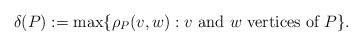
LaTeX: \begin{align*}\delta(P) := \max\{ \rho_P(v,w): v \mbox{ and } w \mbox{ vertices of }P\}.\end{align*}